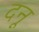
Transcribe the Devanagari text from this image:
दनू